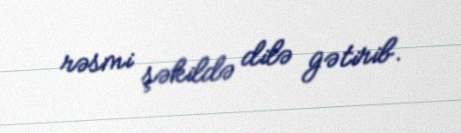
rəsmi şəkildə dilə gətirib.